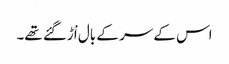
اس کے سر کے بال اْڑگئے تھے۔